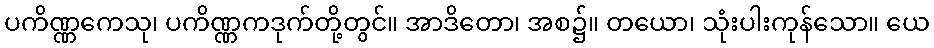
ပကိဏ္ဏကေသု၊ ပကိဏ္ဏကဒုက်တို့တွင်။ အာဒိတော၊ အစ၌။ တယော၊ သုံးပါးကုန်သော။ ယေ